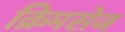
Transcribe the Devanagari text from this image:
क्रिमसेज